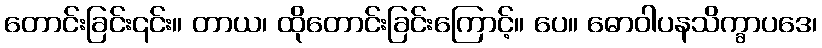
တောင်းခြင်း၎င်း။ တာယ၊ ထိုတောင်းခြင်းကြောင့်။ ပေ။ ဓောဝါပနသိက္ခာပဒေ၊